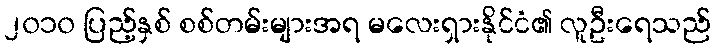
၂၀၁၀ ပြည့်နှစ် စစ်တမ်းများအရ မလေးရှားနိုင်ငံ၏ လူဦးရေသည်